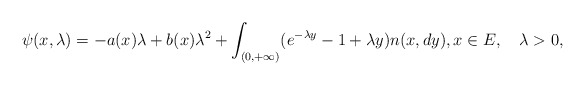
\begin{align*}\psi(x,\lambda)=-a(x)\lambda+b(x)\lambda^2+\int_{(0,+\infty)}(e^{-\lambda y}-1+\lambda y)n(x,dy),x\in E, \quad\lambda> 0,\end{align*}